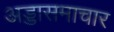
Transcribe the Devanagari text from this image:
अड्डासमाचार